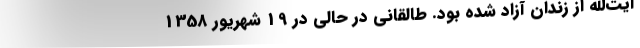
آیت‌الله از زندان آزاد شده بود. طالقانی در حالی در 19 شهریور 1358